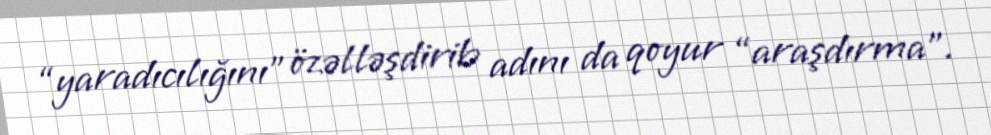
“yaradıcılığını” özəlləşdirib adını da qoyur “araşdırma”.